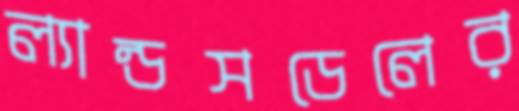
ল্যান্ডসডেলের